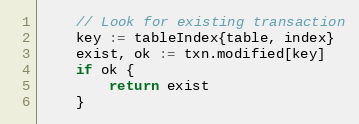
Language: Go
	// Look for existing transaction
	key := tableIndex{table, index}
	exist, ok := txn.modified[key]
	if ok {
		return exist
	}